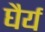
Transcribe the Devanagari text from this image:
घैर्य